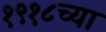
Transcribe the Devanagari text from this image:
१९१८च्या